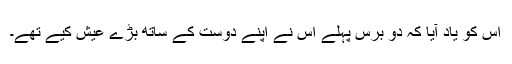
اس کو یاد آیا کہ دو برس پہلے اس نے اپنے دوست کے ساتھ بڑے عیش کیے تھے۔